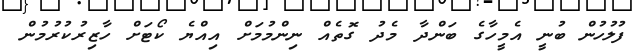
ފުލުހުން ބުނީ އެމީހާގެ ބަންދާ މެދު ގޮތެއް ނިންމުމަށް އިއްްޔެ ކޯޓަށް ހާޒިރުކުރުމުން